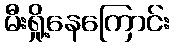
မီးရှို့နေကြောင်း